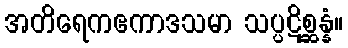
အတိရေကဧကာဒသမာ သပ္ပဋိစ္ဆန္နံ။